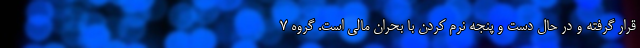
قرار گرفته و در حال دست و پنجه نرم کردن با بحران مالی است. گروه ۷